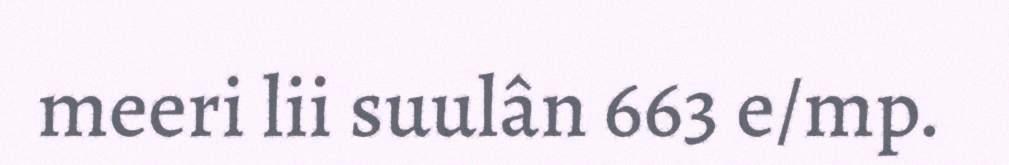
meeri lii suulân 663 e/mp.